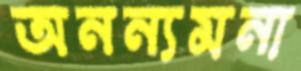
অনন্যমনা